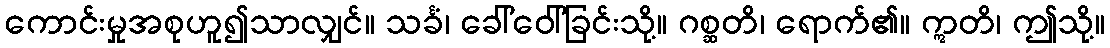
ကောင်းမှုအစုဟူ၍သာလျှင်။ သင်္ခံ၊ ခေါ်ဝေါ်ခြင်းသို့။ ဂစ္ဆတိ၊ ရောက်၏။ ဣတိ၊ ဤသို့။